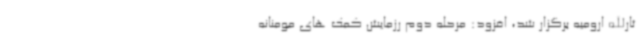
ثارالله ارومیه برگزار شد، افزود: مرحله دوم رزمایش کمک های مومنانه